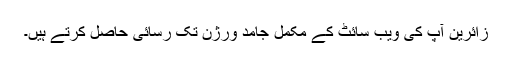
زائرین آپ کی ویب سائٹ کے مکمل جامد ورژن تک رسائی حاصل کرتے ہیں۔